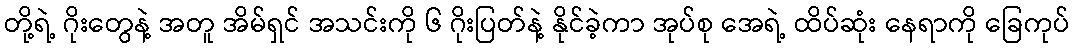
တို့ရဲ့ ဂိုးတွေနဲ့ အတူ အိမ်ရှင် အသင်းကို ၆ ဂိုးပြတ်နဲ့ နိုင်ခဲ့ကာ အုပ်စု အေရဲ့ ထိပ်ဆုံး နေရာကို ခြေကုပ်